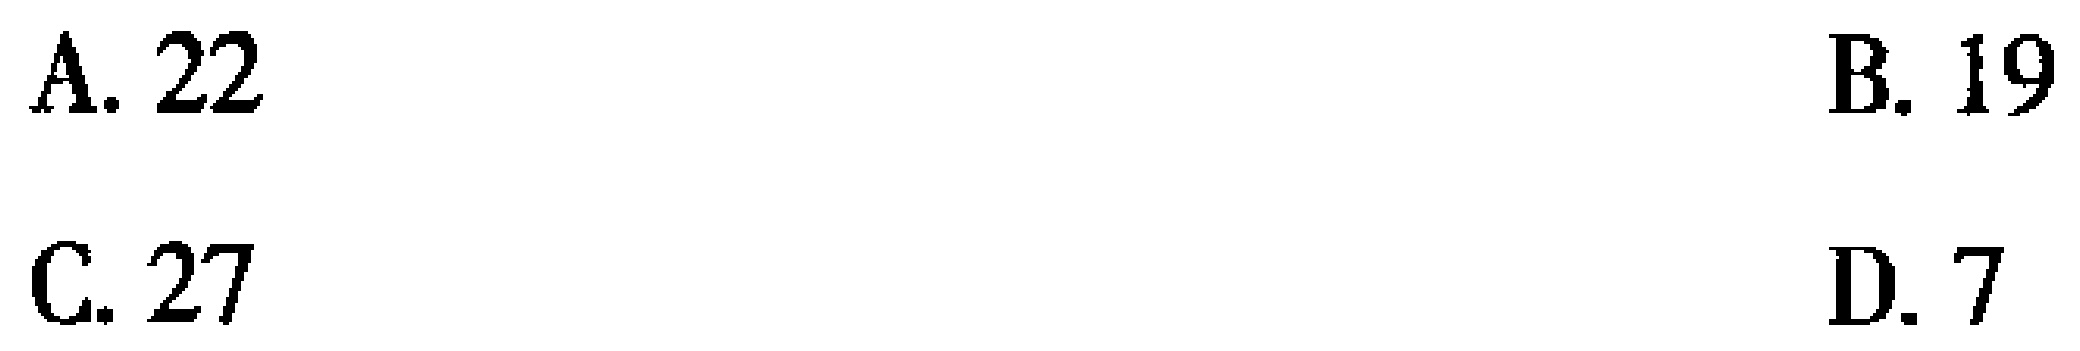
A. 22\

B. 19\

C. 27\

D. 7